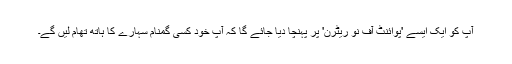
آپ کو ایک ایسے 'پوائنٹ آف نو ریٹرن' پر پہنچا دیا جائے گا کہ آپ خود کسی گمنام سہارے کا ہاتھ تھام لیں گے۔